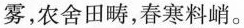
雾，农舍田畴，春寒料峭。